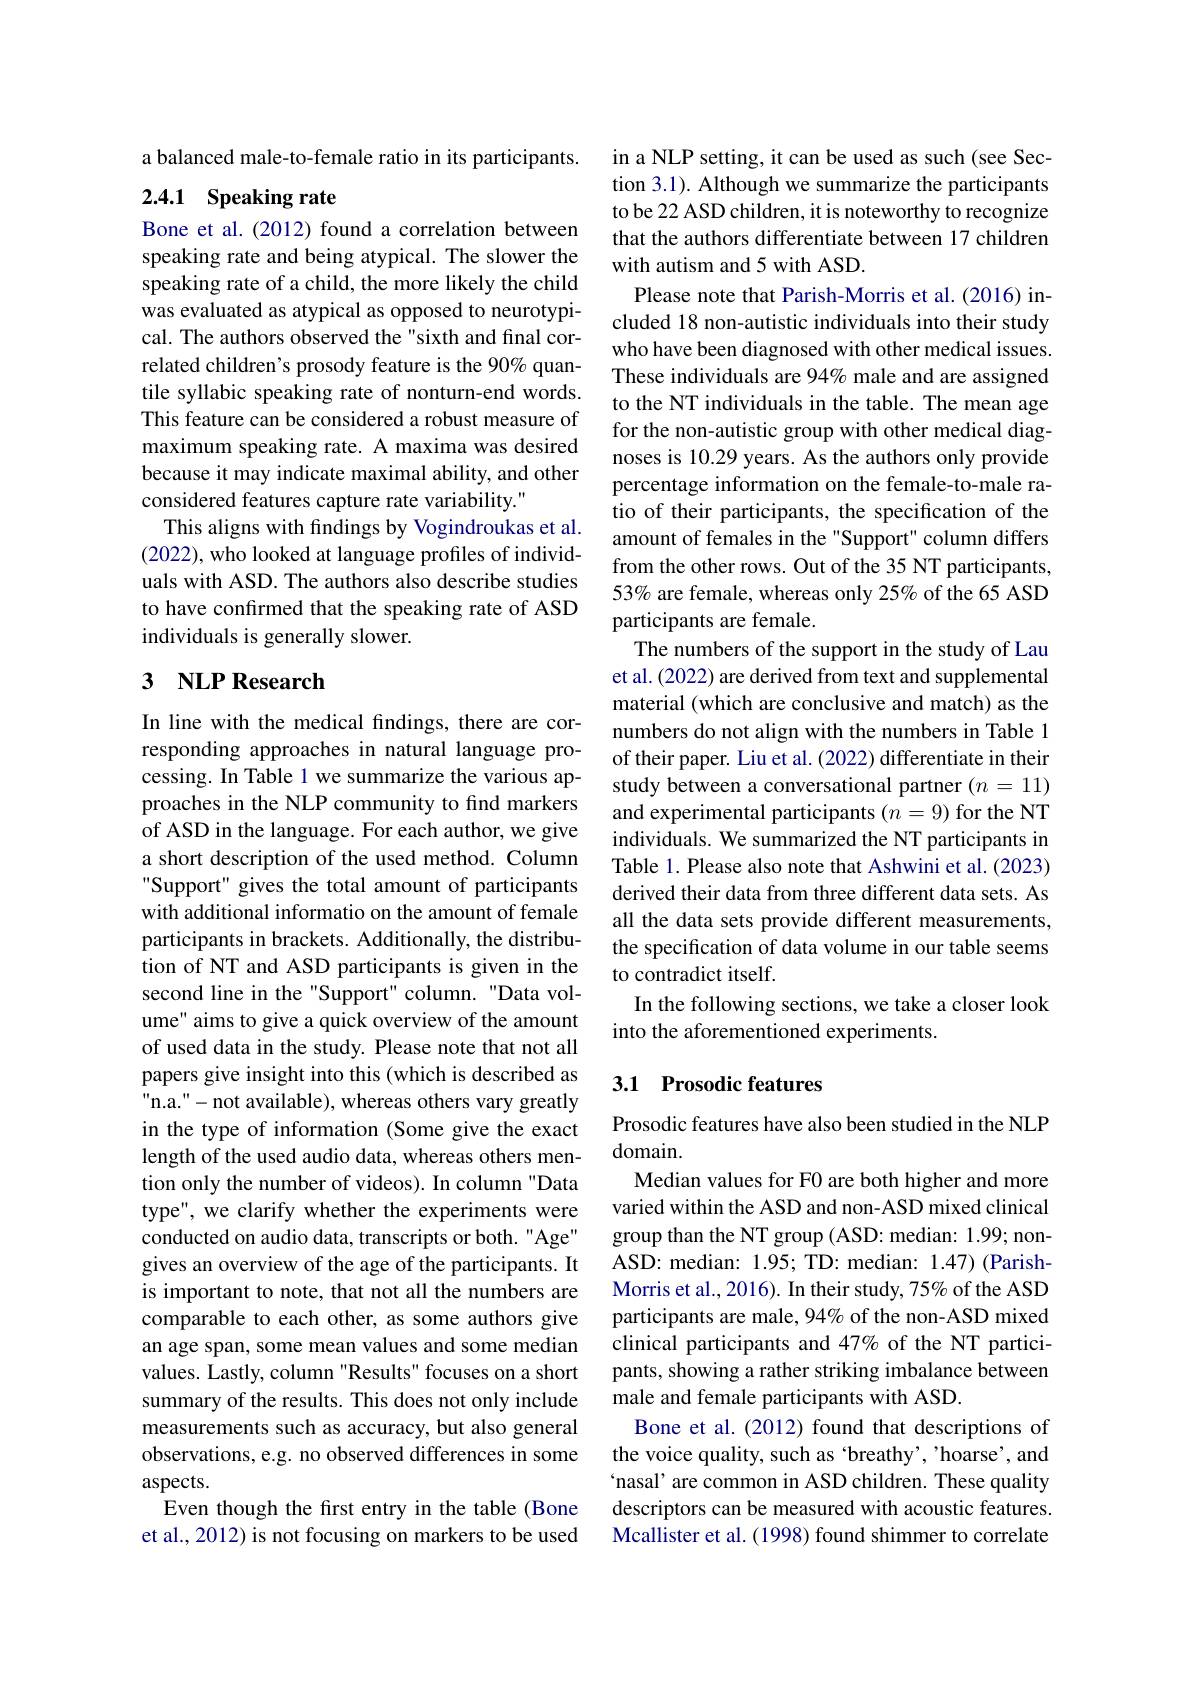
a balanced male-to-female ratio in its participants.

## 2.4.1 Speaking rate

Bone et al.(2012) found a correlation between speaking rate and being atypical. The slower the speaking rate of a child, the more likely the child was evaluated as atypical as opposed to neurotypical. The authors observed the "sixth and final correlated children's prosody feature is the 90% quantile syllabic speaking rate of nonturn-end words. This feature can be considered a robust measure of maximum speaking rate. A maxima was desired because it may indicate maximal ability, and other considered features capture rate variability."
This aligns with findings by Vogindroukas et al. (2022), who looked at language profiles of individuals with ASD. The authors also describe studies to have confirmed that the speaking rate of ASD individuals is generally slower.

## 3 $\textbf{NLP Research}$

In line with the medical findings, there are corresponding approaches in natural language processing. In Table 1 we summarize the various approaches in the NLP community to find markers of ASD in the language. For each author, we give a short description of the used method. Column Support" gives the total amount of participants with additional informatio on the amount of female participants in brackets. Additionally, the distribution of NT and ASD participants is given in the second line in the "Support" column. "Data volume" aims to give a quick overview of the amount of used data in the study. Please note that not all papers give insight into this (which is described as "n.a."- not available), whereas others vary greatly in the type of information (Some give the exact length of the used audio data, whereas others mention only the number of videos). In column "Data type", we clarify whether the experiments were conducted on audio data, transcripts or both. "Age" gives an overview of the age of the participants. It is important to note, that not all the numbers are comparable to each other, as some authors give an age span, some mean values and some median values. Lastly, column "Results" focuses on a short summary of the results. This does not only include measurements such as accuracy, but also general observations, e.g. no observed differences in some aspects.
Even though the frst entry in the table (Bone et al., 2012) is not focusing on markers to be used

in a NLP setting, it can be used as such (see Section 3.1). Although we summarize the participants to be 22 ASD children, it is noteworthy to recognize that the authors differentiate between 17 children with autism and 5 with ASD.
Please note that Parish-Morris et al. (2016) included 18 non-autistic individuals into their study who have been diagnosed with other medical issues. These individuals are 94% male and are assigned to the NT individuals in the table. The mean age for the non-autistic group with other medical diagnoses is 10.29 years. As the authors only provide percentage information on the female-to-male ratio of their participants, the specification of the amount of females in the "Support" column differs from the other rows. Out of the 35 NT participants, 53% are female, whereas only 25% of the 65 ASD participants are female.
The numbers of the support in the study of Lau et al. (2022) are derived from text and supplemental material (which are conclusive and match) as the numbers do not align with the numbers in Table 1 of their paper. Liu et al. (2022) differentiate in their study between a conversational partner $(n=11)$ and experimental participants $(n=9)$ for the NT individuals. We summarized the NT participants in Table 1. Please also note that Ashwini et al. (2023) derived their data from three different data sets. As all the data sets provide different measurements, the specification of data volume in our table seems to contradict itself.
In the following sections, we take a closer look
into the aforementioned experiments.

## 3.1 Prosodic features

Prosodic features have also been studied in the NLP
domain.
Median values for F0 are both higher and more varied within the ASD and non-ASD mixed clinical group than the NT group (ASD: median: 1.99; nonASD: median: 1.95; TD: median: 1.47) (ParishMorris et al., 2016). In their study, 75% of the ASD participants are male, 94% of the non-ASD mixed clinical participants and 47% of the NT participants, showing a rather striking imbalance between male and female participants with ASD.
Bone et al.(2012) found that descriptions of the voice quality, such as 'breathy', 'hoarse', and `nasal' are common in ASD children. These quality descriptors can be measured with acoustic features. Mcallister et al. (1998) found shimmer to correlate